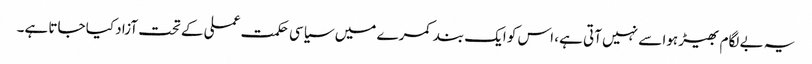
یہ بے لگام بھیڑ ہوا سے نہیں آتی ہے، اس کو ایک بند کمرے میں سیاسی حکمت عملی کے تحت آزاد کیا جاتا ہے۔